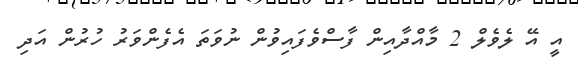
އީ އޭ ލެވެލް 2 މާއްދާއިން ފާސްވެފައިވުން ނުވަތަ އެފެންވަރު ހުރުން އަދި